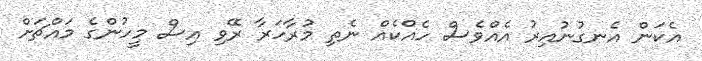
އެކަން އެނގުނުއިރު އެއްވެސް ހެއްކެއް ނެތި މުރާހަރާ ރޭވި އިސް މީހުންގެ މައްޗަށް